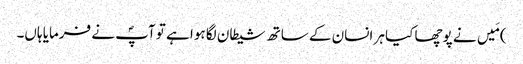
) مَیں نے پوچھا کیا ہر انسان کے ساتھ شیطان لگا ہوا ہے تو آپؐ نے فرمایا ہاں۔